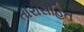
તારાસહિત